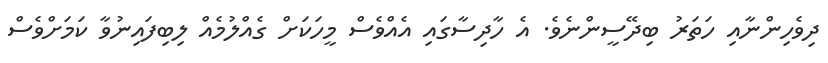
ދިވެހިންނާއި ހަތަރު ބިދޭސީންނެވެ. އެ ހާދިސާގައި އެއްވެސް މީހަކަށް ގެއްލުމެއް ލިބިފައިނުވާ ކަމަށްވެސް